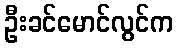
ဦးခင်မောင်လွင်က